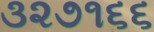
૩૨૭૧૬૬